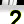
Digit: 2